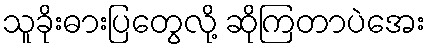
သူခိုးဓားပြတွေလို့ ဆိုကြတာပဲအေး